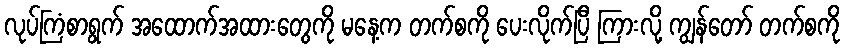
လုပ်ကြံစာရွက် အထောက်အထားတွေကို မနေ့က တက်စကို ပေးလိုက်ပြီ ကြားလို့ ကျွန်တော် တက်စကို